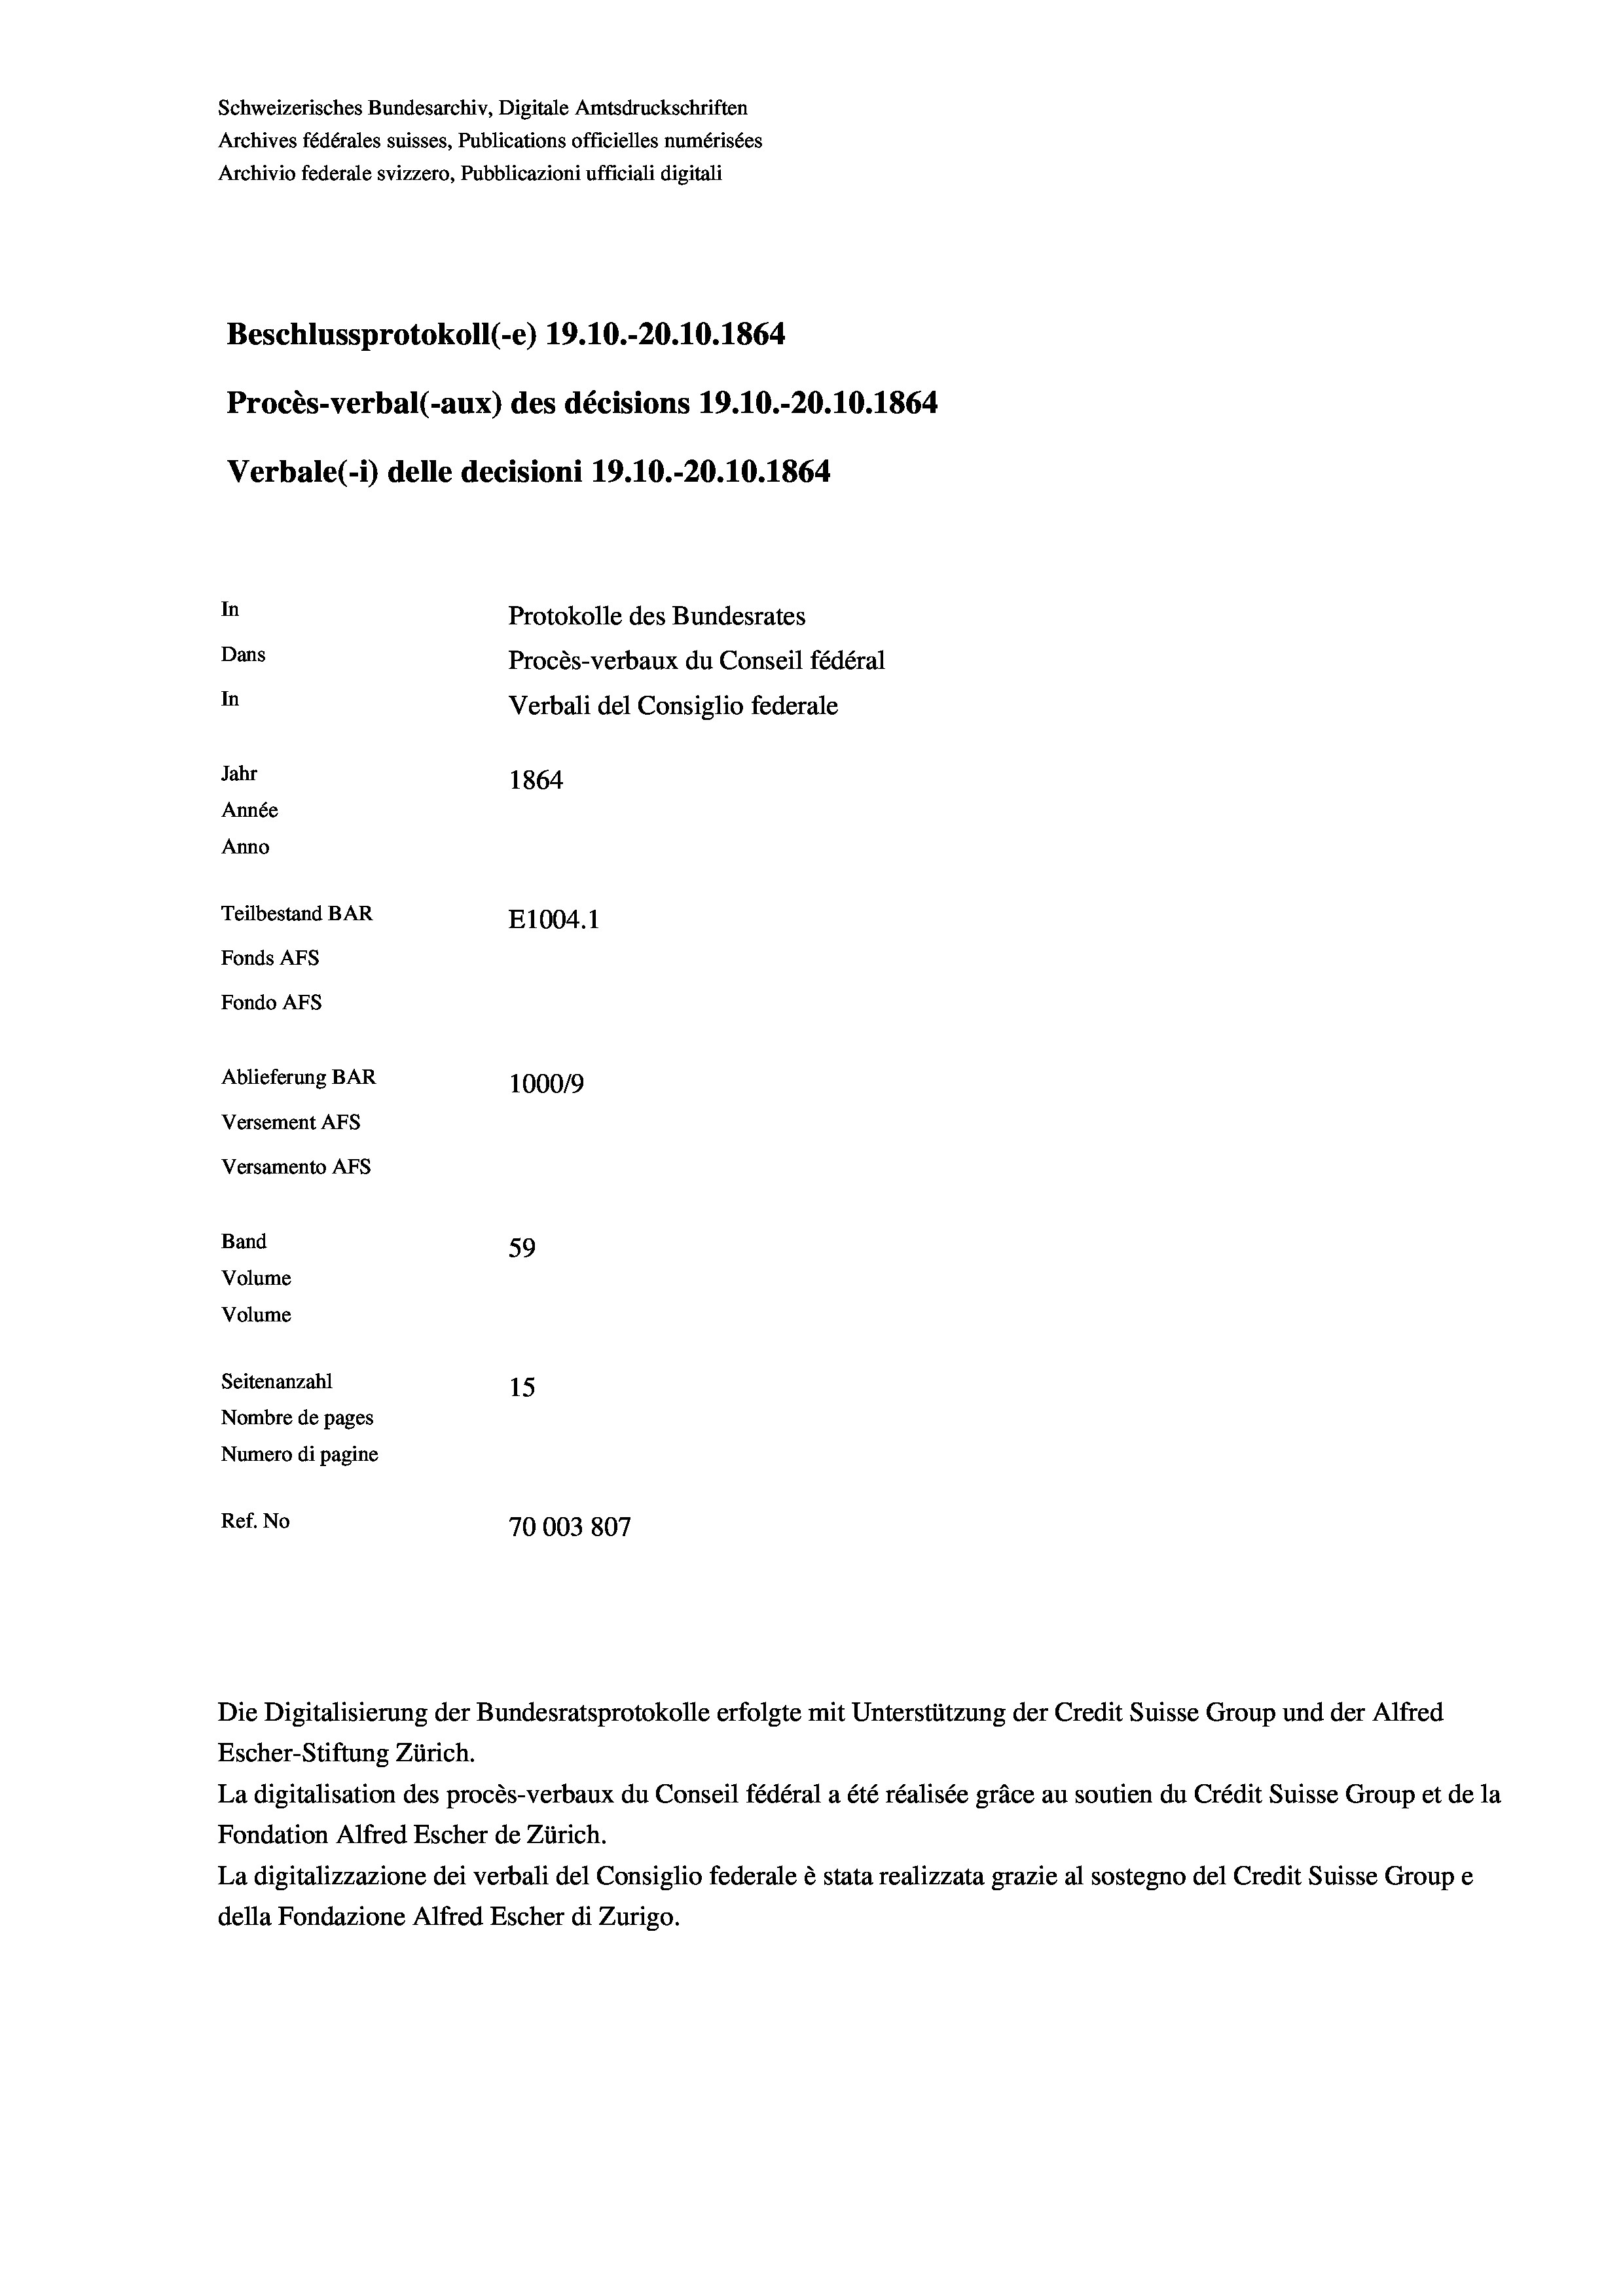
Schweizerisches Bundesarchiv, Digitale Amtsdruckschriften
Archives fédérales suisses, Publications officielles numérisées
Archivio federale svizzero, Pubblicazioni ufficiali digitali
Beschlussprotokoll (-e) 19.10.-20.10.1864
Procès-verbal (-aux) des décisions 19.10.-20.10.1864
Verbale (i) delle decisioni 19.10.-20.10.1864
In
Protokolle des Bundesrates
Dans
Procès-verbaux du Conseil fédéral
In
Verbali del Consiglio federale
Jahr
1864
Année
Anno
Teilbestand BAR
E1004.1
Fonds AFs
Fondo AFs
Ablieferung BAR
100019
Versement AFs
Versamento AFS
Band
59
Volume
Volume
Seitenanzahl
15
Nombre de pages
Numero di pagine
Ref. No
70003807

Escher-Stiftung Zürich.
La digitalisation des procès-verbaux du Conseil fédéral a été réalisée gräce au soutien du Crédit Suisse Group et de la
Fondation Alfred Escher de Zürich.
La digitalizzazione dei verbali del Consiglio federale è stata realizzata grazie al sostegno del Credit Suisse Groupe
della Fondazione Alfred Escher di Zurigo.

Die Digitalisierung der Bundesratsprotokolle erfolgte mit Unterstützung der Credit Suisse Group und der Alfred